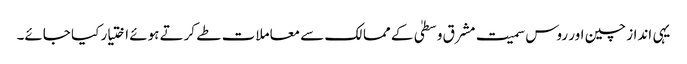
یہی انداز چین اور روس سمیت مشرق وسطیٰ کے ممالک سے معاملات طے کرتے ہوئے اختیار کیا جائے۔